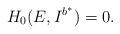
LaTeX: \begin{align*}H_0 (E, I^{b^*}) = 0.\end{align*}